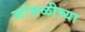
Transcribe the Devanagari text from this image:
जांभळीच्या